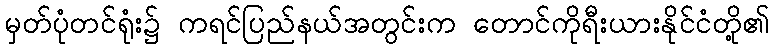
မှတ်ပုံတင်ရုံး၌ ကရင်ပြည်နယ်အတွင်းက တောင်ကိုရီးယားနိုင်ငံတို့၏